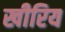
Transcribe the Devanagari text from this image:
खीरिय